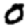
Digit: 0